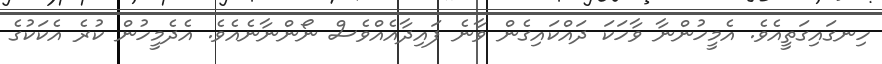
ހިނގައިގަތީއެވެ. އެމީހުންނާ ވާހަކަ ދައްކައިގެން ވާނެ ފައިދާއެއްވެސް ނޯންނާނެއެވެ. އެދެމީހުން ކުރެ އެކަކުގެ